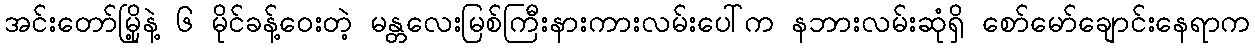
အင်းတော်မြို့နဲ့ ၆ မိုင်ခန့်ဝေးတဲ့ မန္တလေးမြစ်ကြီးနားကားလမ်းပေါ်က နဘားလမ်းဆုံရှိ စော်မော်ချောင်းနေရာက